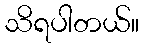
သိရပါတယ်။